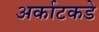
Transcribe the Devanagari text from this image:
अर्काटकडे